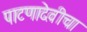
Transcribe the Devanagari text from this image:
पाटणादेवीचा